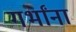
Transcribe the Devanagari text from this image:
गर्भांना